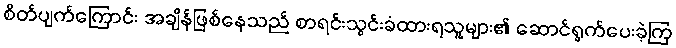
စိတ်ပျက်ကြောင်း အချိန်ဖြစ်နေသည် စာရင်းသွင်းခံထားရသူများ၏ ဆောင်ရွက်ပေးခဲ့ကြ